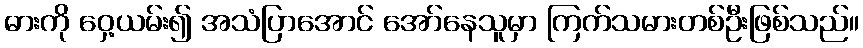
ဓားကို ဝှေ့ယမ်း၍ အသံပြာအောင် အော်နေသူမှာ ကြက်သမားတစ်ဦးဖြစ်သည်။